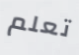
تعلم